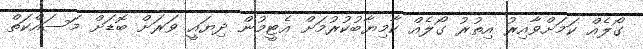
ގޯލެއް ކަމަށްވާއިރު އިތުރު ގޯލެއް ކާމިޔާބުކުރުމަށް އެޓީމުން ދިޔައީ ވަރަށް ބޮޑަށް މަސައްކަތް